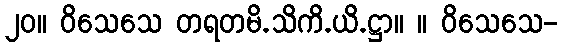
၂၀။ ဝိသေသေ တရတမိ.သိကိ.ယိ.ဋ္ဌာ။ ။ ဝိသေသေ-